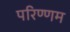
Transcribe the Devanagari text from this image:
परिण्णम